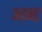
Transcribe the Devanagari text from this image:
आन्ट